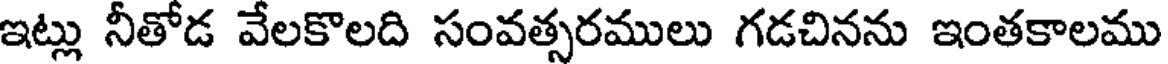
ఇట్లు నీతోడ వేలకొలది సంవత్సరములు గడచినను ఇంతకాలము